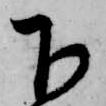
下